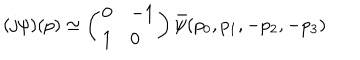
( j \psi ) ( p ) \simeq \left( \begin{array} { l l } { { 0 } } & { { - 1 } } \\ { { 1 } } & { { 0 } } \\ \end{array} \right) \bar { \psi } ( p _ { 0 } , p _ { 1 } , - p _ { 2 } , - p _ { 3 } )